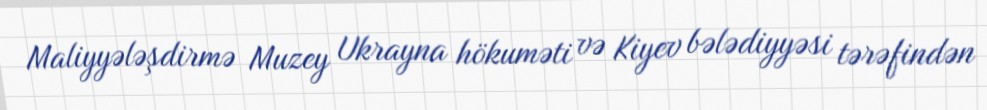
Maliyyələşdirmə Muzey Ukrayna hökuməti və Kiyev bələdiyyəsi tərəfindən